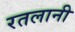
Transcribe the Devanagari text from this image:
रतलानी